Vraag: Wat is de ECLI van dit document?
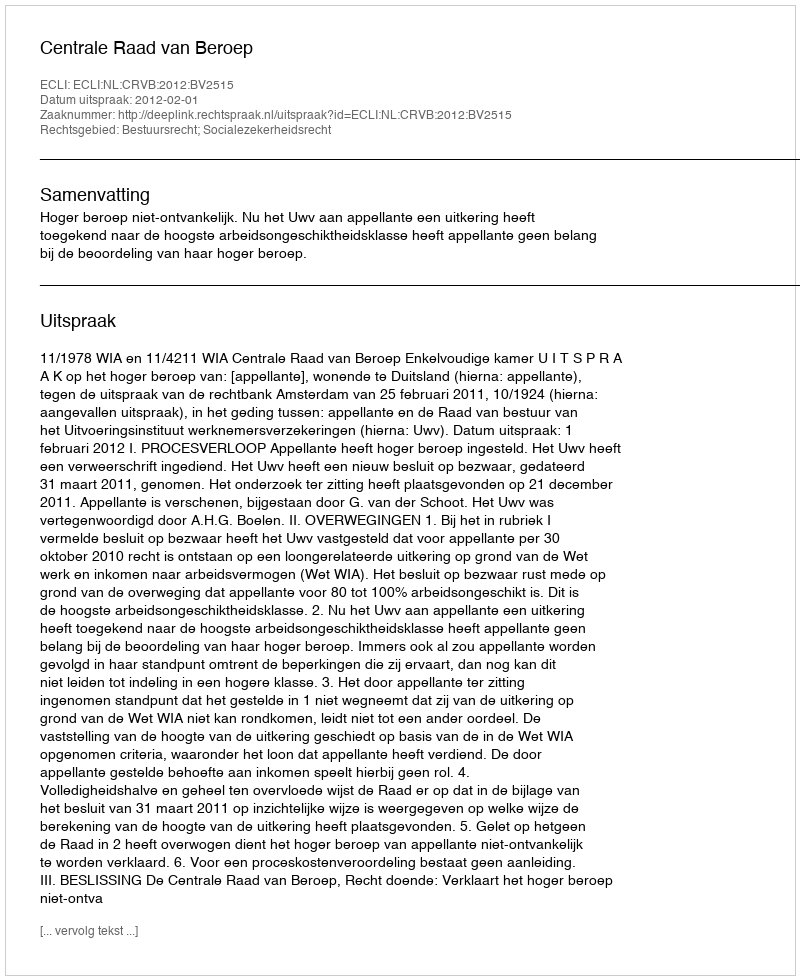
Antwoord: ECLI:NL:CRVB:2012:BV2515